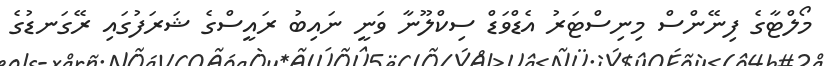
މޯލްޓާގެ ފިނޭންސް މިނިސްޓަރު އެޑްވަޑް ސިކްލޫނާ ވަނީ ނައިބު ރައީސްގެ ޝަރަފުގައި ރޭގަނޑުގެ